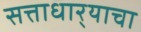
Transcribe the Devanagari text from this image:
सत्ताधार्‍याचा